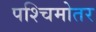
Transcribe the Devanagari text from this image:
पश्चिमोतर